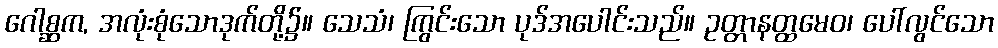
ဂေါစ္ဆက, အလုံးစုံသောဒုက်တို့၌။ သေသံ၊ ကြွင်းသော ပုဒ်အပေါင်းသည်။ ဥတ္တာနတ္ထမေဝ၊ ပေါ်လွင်သော